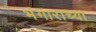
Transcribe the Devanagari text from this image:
भंगाराच्या